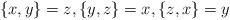
LaTeX: \begin{align*}\left\{ x,y\right\} =z,\left\{ y,z\right\} =x,\left\{ z,x\right\} =y\end{align*}